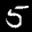
Label: 5